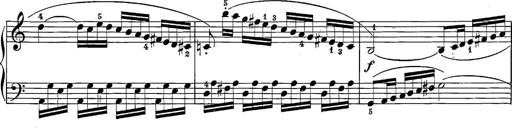
Title: 12 Sonatine per Pianoforte
Composer: Friedrich Kuhlau